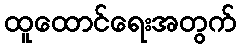
ထူထောင်ရေးအတွက်